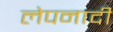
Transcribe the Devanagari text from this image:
लेपनादी